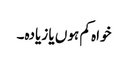
خواہ کم ہوں یا زیادہ۔